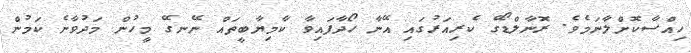
ހިއްސާކޮށްލާނަމެވެ. ރޮނާލްޑޯގެ ކެރިއަރުގައި އޭނާ ހޯދާފައިވާ ކާމިޔާބީތައް ނޭނގޭ މީހުން މަދުވާނެ ކަމުން